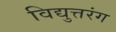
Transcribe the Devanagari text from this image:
विद्युत्तरंग